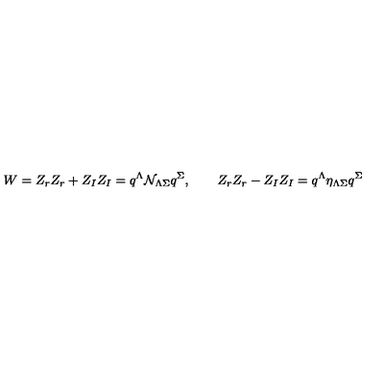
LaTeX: W = Z _ { r } Z _ { r } + Z _ { I } Z _ { I } = q ^ { \Lambda } \mathcal { N } _ { \Lambda \Sigma } q ^ { \Sigma } , \qquad Z _ { r } Z _ { r } - Z _ { I } Z _ { I } = q ^ { \Lambda } \eta _ { \Lambda \Sigma } q ^ { \Sigma }